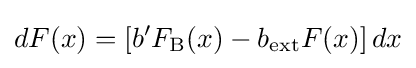
dF(x)=\left[b'F_{\text{B}}(x)-b_{\text{ext}}F(x)\right]dx